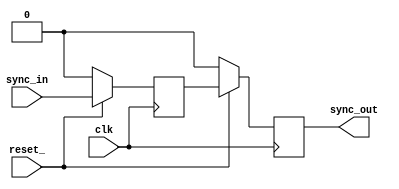
module sync_dd_c(
	input 	clk,
	input 	reset_, 
	input 	sync_in, 
	output	sync_out
	);

	wire	sync_in;
	reg	sync_in_p1;
	reg	sync_in_p2;
	wire	sync_out;

	always @(posedge clk)
	begin
		if (!reset_) begin
			sync_in_p1 	<= 1'b0;
			sync_in_p2 	<= 1'b0;
		end
		else begin
			sync_in_p1 	<= sync_in;
			sync_in_p2 	<= sync_in_p1;
		end
	end

	assign sync_out = sync_in_p2;

endmodule